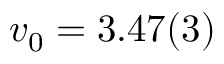
v _ { 0 } = 3 . 4 7 ( 3 )